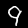
Digit: 9